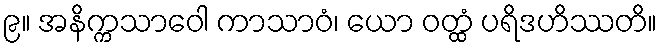
၉။ အနိက္ကသာဝေါ ကာသာဝံ၊ ယော ဝတ္ထံ ပရိဒဟိဿတိ။